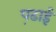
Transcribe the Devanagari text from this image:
प़ढाई